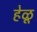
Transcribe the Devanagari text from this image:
हेळू